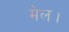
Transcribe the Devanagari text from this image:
मेल।